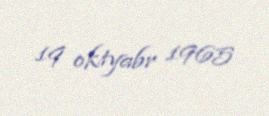
19 oktyabr 1965